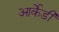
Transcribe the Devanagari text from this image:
आर्केडी